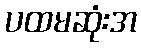
ပထမဆုံးအ